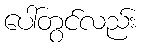
ပေါ်တွင်လည်း